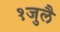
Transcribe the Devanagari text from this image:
१जुलै